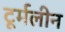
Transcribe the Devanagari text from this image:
टूर्मलीन